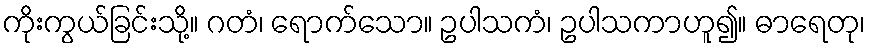
ကိုးကွယ်ခြင်းသို့။ ဂတံ၊ ရောက်သော။ ဥပါသကံ၊ ဥပါသကာဟူ၍။ ဓာရေတု၊